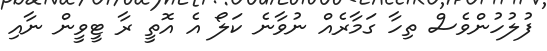
ފުލުހުންވެސް ތިހާ ގަމާރެއް ނުވާނެ ކަލޯ އެ އޮތީ ރާ ޓީވީން ނާއި